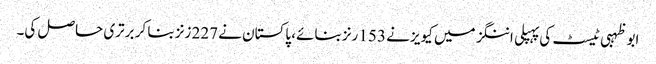
ابوظہبی ٹیسٹ کی پہپلی اننگز میں کیویز نے 153 رنز بنائے، پاکستان نے 227 زنز بنا کر برتری حاصل کی۔